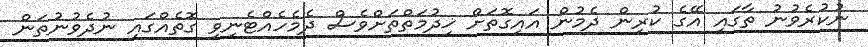
ނުކުރެވުނު ތާގައި އޭގެ ކުރިން ދެމުން އައިގޮތަށް ޚިދުމަތްތަށްވެސް ދެމެހެއްޓެނިވި ގޮތެއްގައި ނުދެވުނުތަން